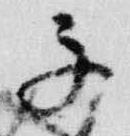
子